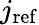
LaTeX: j_{\mathrm{ref}}